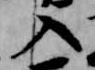
入